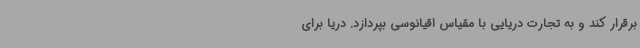
برقرار کند و به تجارت دریایی با مقیاس اقیانوسی بپردازد. دریا برای